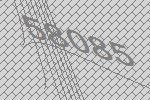
58085